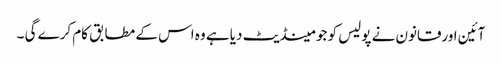
آئین اورقانون نے پولیس کو جو مینڈیٹ دیا ہے وہ اس کے مطابق کام کرے گی ۔